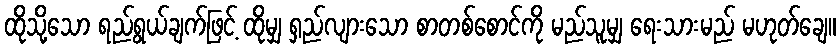
ထိုသို့သော ရည်ရွယ်ချက်ဖြင့် ထိုမျှ ရှည်လျားသော စာတစ်စောင်ကို မည်သူမျှ ရေးသားမည် မဟုတ်ချေ။